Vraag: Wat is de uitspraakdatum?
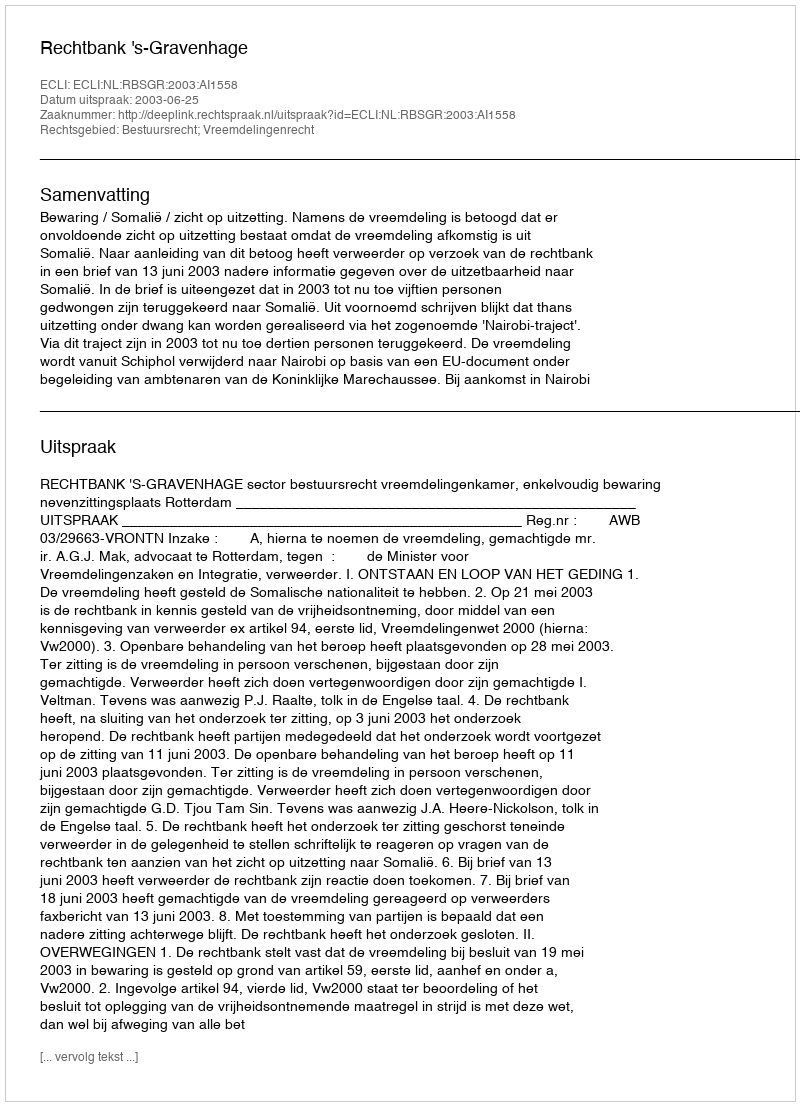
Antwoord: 2003-06-25